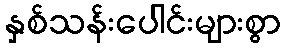
နှစ်သန်းပေါင်းများစွာ